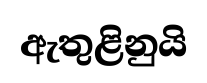
ඇතුළිනුයි